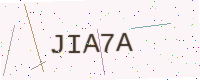
Text: JIA7A